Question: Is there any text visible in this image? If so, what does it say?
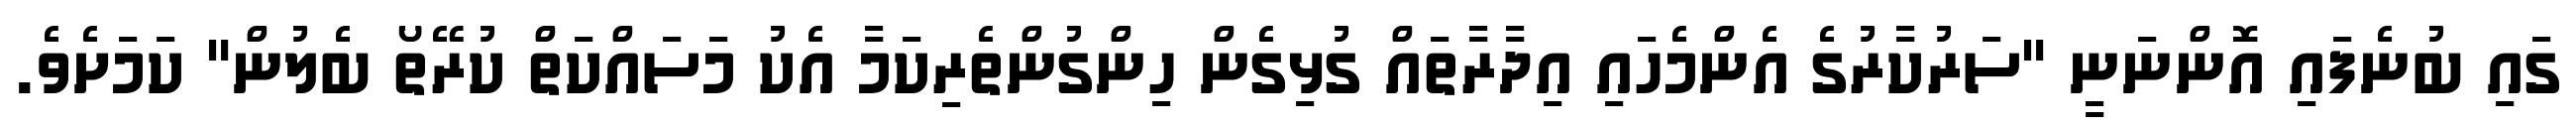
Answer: ގައި ބުނެފައި އޮންނަނީ "ސަރުކާރުގެ އެންމެހައި އިދާރާތައް ގުޅިގެން ހިންގުންތެރިކަމާ އެކު މަސައްކަތް ކުރޭތޯ ބެލުން" ކަމަށެވެ.